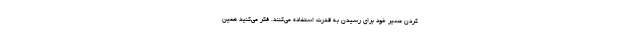
کردن مسیر خود برای رسیدن به قدرت استفاده می‌کنند. فکر می‌کنید همین